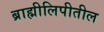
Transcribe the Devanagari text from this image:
ब्राह्मीलिपीतील